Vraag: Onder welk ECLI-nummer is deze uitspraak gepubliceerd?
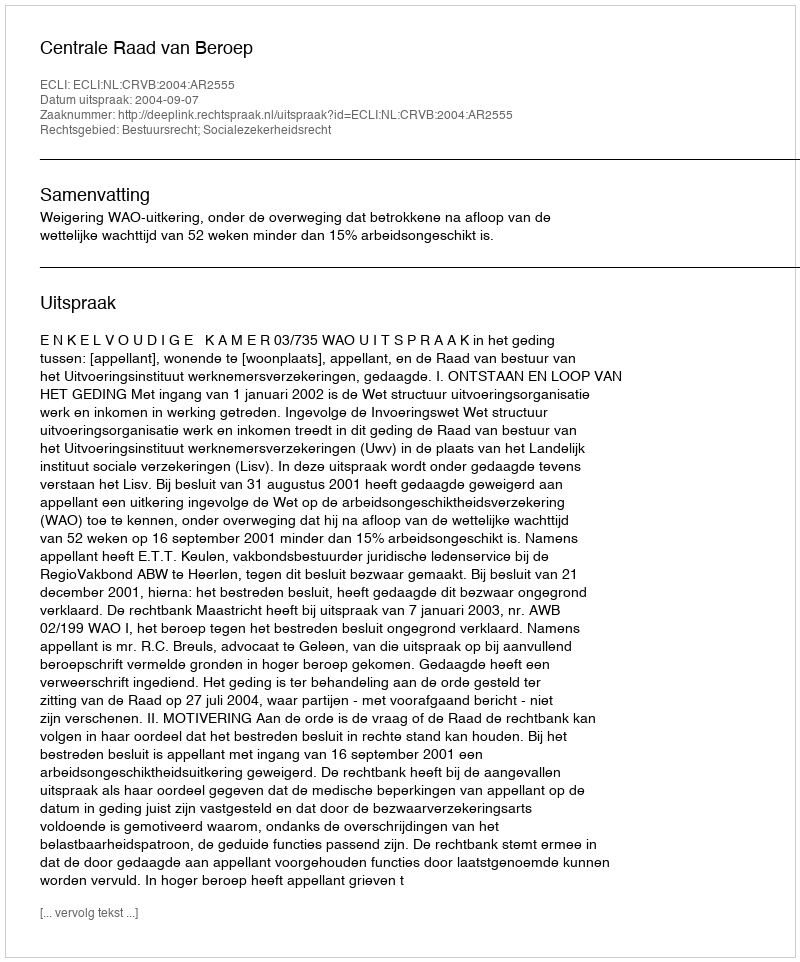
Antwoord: ECLI:NL:CRVB:2004:AR2555